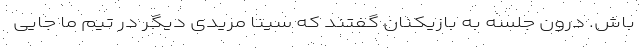
باش. درون جلسه به بازیکنان گفتند که سینا مریدی دیگر در تیم ما جایی